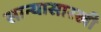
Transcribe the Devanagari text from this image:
सान्यासारखी